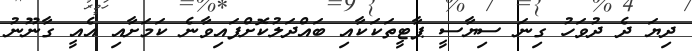
ދިޔަ ދެ ދުވަހު ގިނަ ސިޔާސީ ޕާޓީތަކަކާއި ބައްދަލުކޮށްފައިވާނެ ކަމަށާއި އެއީ ގާނޫނު